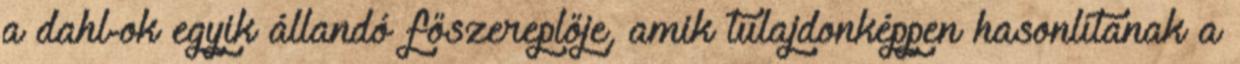
a dahl-ok egyik állandó főszereplője, amik tulajdonképpen hasonlítanak a